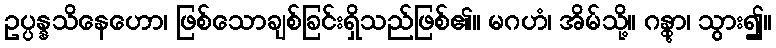
ဥပ္ပန္နသိနေဟော၊ ဖြစ်သောချစ်ခြင်းရှိသည်ဖြစ်၏။ မဂဟံ၊ အိမ်သို့။ ဂန္တွာ၊ သွား၍။